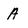
Character: A